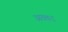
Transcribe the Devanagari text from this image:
अव्वद